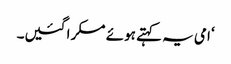
‘ امی یہ کہتے ہوئے مسکرا گئیں۔